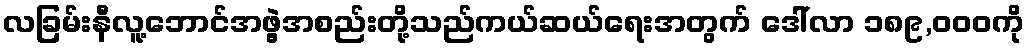
လခြမ်းနီလူ့ဘောင်အဖွဲ့အစည်းတို့သည်ကယ်ဆယ်ရေးအတွက် ဒေါ်လာ ၁၈၉,၀၀၀ကို